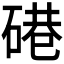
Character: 𱴘